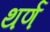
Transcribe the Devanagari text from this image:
थर्ण